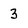
Character: 3